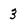
Character: 3